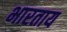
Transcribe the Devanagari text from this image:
भारताय